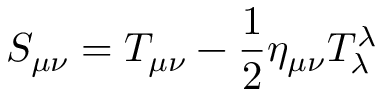
S _ { \mu \nu } = T _ { \mu \nu } - \frac { 1 } { 2 } \eta _ { \mu \nu } T _ { \lambda } ^ { \lambda }